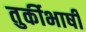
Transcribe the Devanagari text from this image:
तुर्कीभाषी